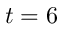
t = 6